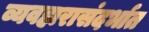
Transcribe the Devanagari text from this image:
व्यवहारासंदर्भात